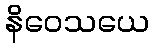
နိဝေသယေ